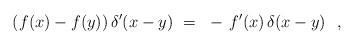
LaTeX: \begin{align*}(f(x) - f(y)) \, \delta^\prime(x-y)~=~- \, f^\prime(x) \, \delta(x-y)~~,\end{align*}